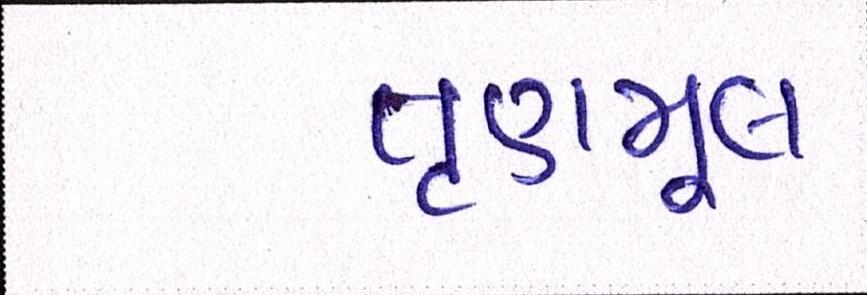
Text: તૃણમૂલ